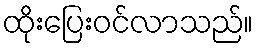
ထိုးပြေးဝင်လာသည်။